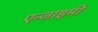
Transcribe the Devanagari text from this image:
एन्जाइमी